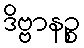
ဒိဗ္ဗာနဉ္စ